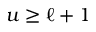
u \geq \ell + 1